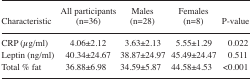
<table><thead><tr><td><b>Characteristic</b></td><td><b>All participants (n=36)</b></td><td><b>Males (n=28)</b></td><td><b>Females (n=8)</b></td><td><b>P-value</b></td></tr></thead><tbody><tr><td>CRP (μg/ml)</td><td>4.06±2.12</td><td>3.63±2.13</td><td>5.55±1.29</td><td>0.022</td></tr><tr><td>Leptin (ng/ml)</td><td>40.34±24.67</td><td>38.87±24.97</td><td>45.49±24.47</td><td>0.511</td></tr><tr><td>Total % fat</td><td>36.88±6.98</td><td>34.59±5.87</td><td>44.58±4.53</td><td>&lt;0.001</td></tr></tbody></table>